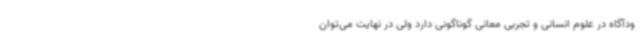
ودآگاه در علوم انسانی و تجربی معانی گوناگونی دارد ولی در نهایت می‌توان